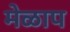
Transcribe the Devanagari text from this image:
मेळाप